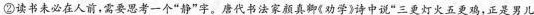
②读书未必在人前，需要思考一个”静”字。唐代书法家颜真卿《劝学》诗中说”三更灯火五更鸡，正是男儿